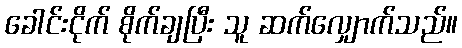
ခေါင်းငိုက် စိုက်ချပြီး သူ ဆက်လျှောက်သည်။